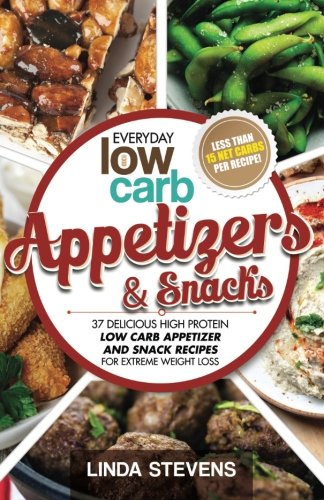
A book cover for Low Carb Appetizers and Snacks: 37 Delicious High Protein Low Carb Appetizer and Snack Recipes For Extreme Weight Loss (Low Carb Living) (Volume 8); Linda Stevens; Cookbooks, Food & Wine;